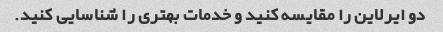
دو ایرلاین را مقایسه کنید و خدمات بهتری را شناسایی کنید.